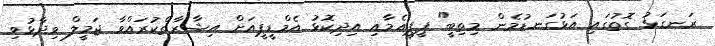
ރަނގަޅު ގޮތުގައި އަޅުގަނޑުމެން މިތިބީ" ޕީޕީއެމާއި އިދިކޮޅު އެމްޑީޕީއަށް އިޝާރާތްކުރައްވާ ޖަމީލް ވިދާޅުވި